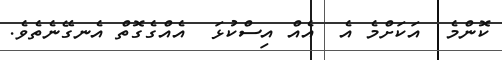
ކޮންމެ  އަކަށްމެ އެ  އެއް އިސްކުޅަ  އެއްގެގޮތް އެނގޭނެތެވެ.